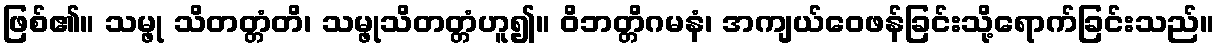
ဖြစ်၏။ သမ္ဖု သိတတ္တံတိ၊ သမ္ဖုသိတတ္တံဟူ၍။ ဝိဘတ္တိဂမနံ၊ အကျယ်ဝေဖန်ခြင်းသို့ရောက်ခြင်းသည်။